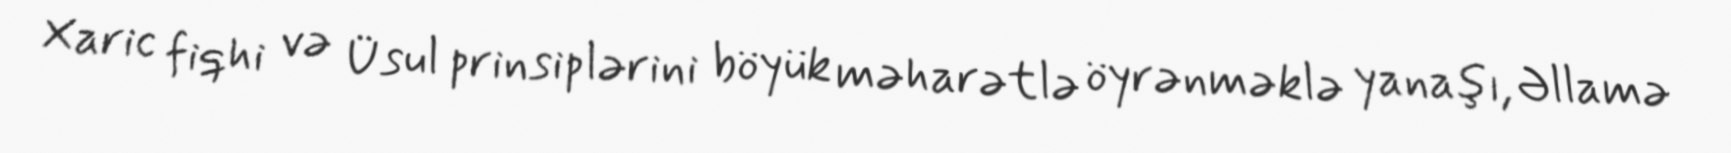
Xaric fiqhi və Üsul prinsiplərini böyük məharətlə öyrənməklə yanaşı, Əllamə